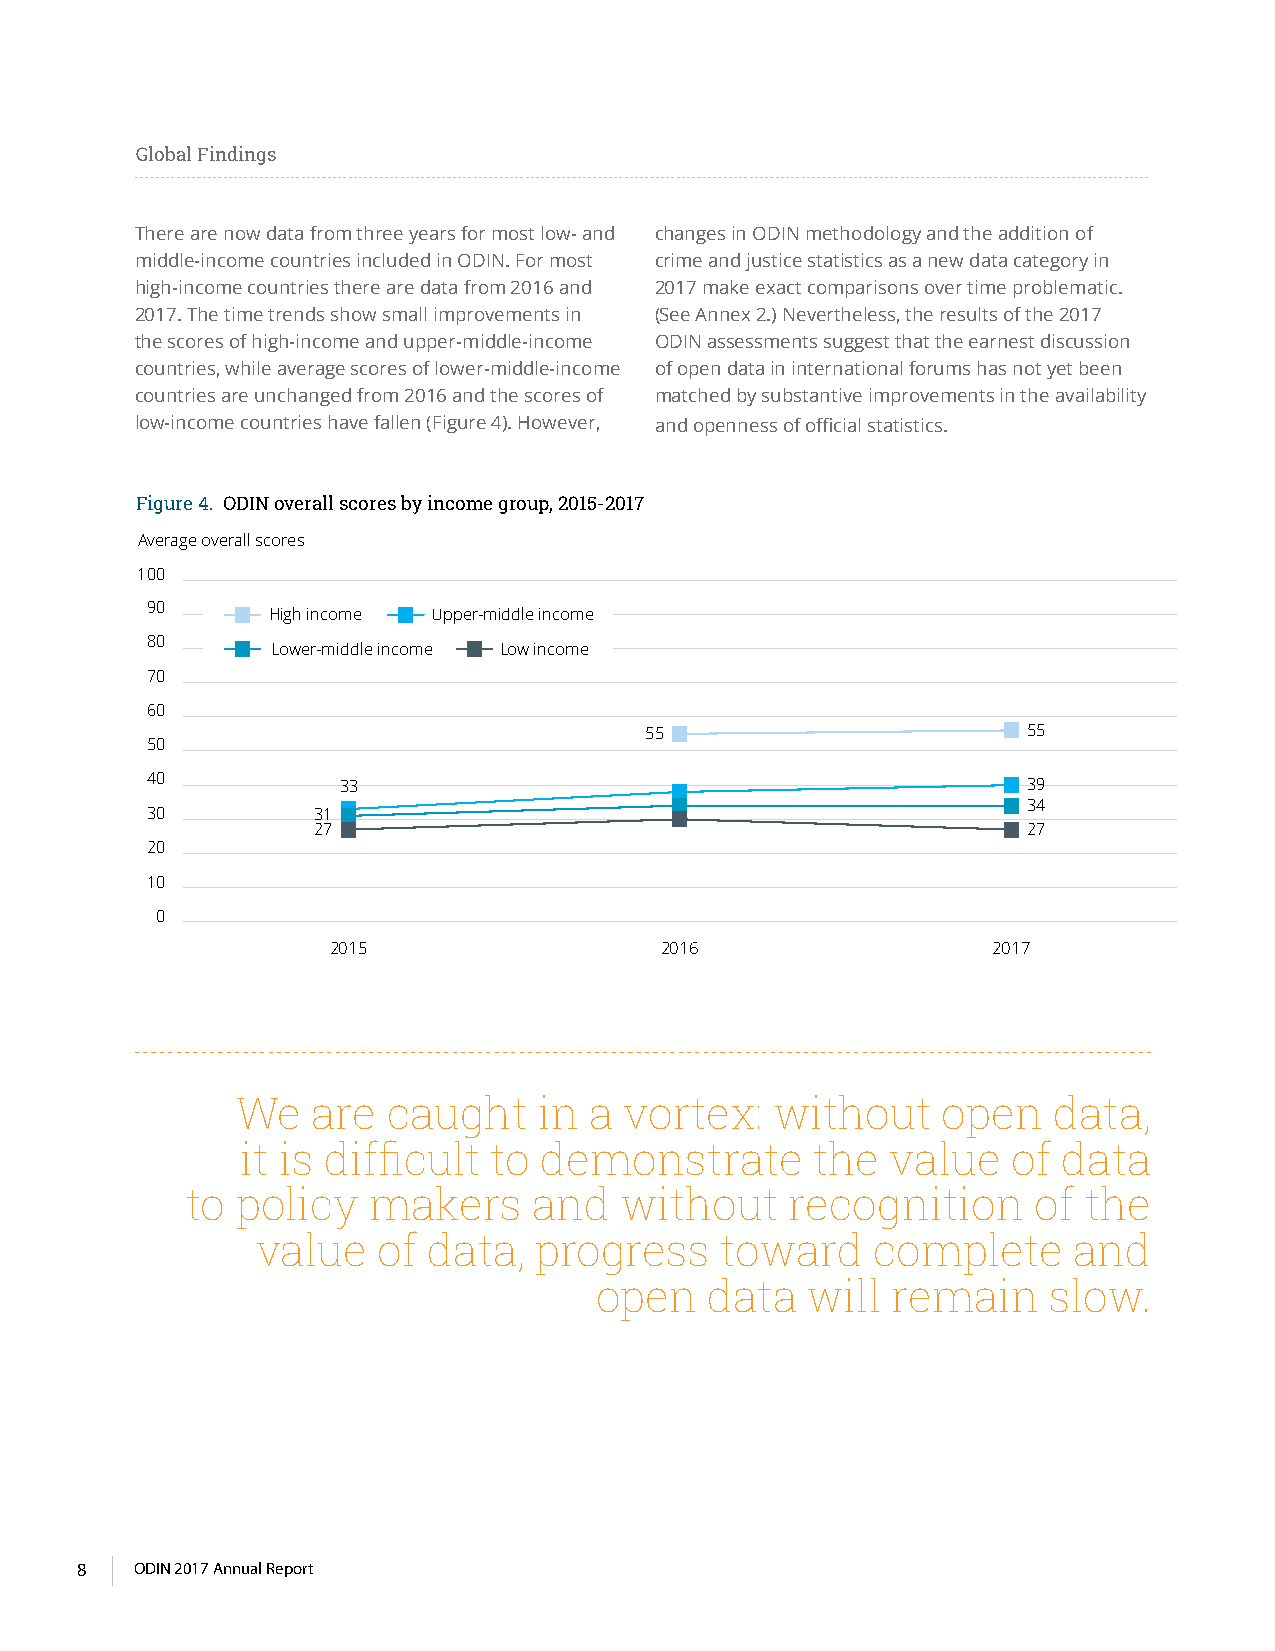
Global Findings
 There are now data from three years for most low- and changes in ODIN methodology and the addition of
 middle-income countries included in ODIN. For most crime and justice statistics as a new data category in
 high-income countries there are data from 2016 and 2017 make exact comparisons over time problematic.
 2017. The time trends show small improvements in (See Annex 2.) Nevertheless, the results of the 2017
 the scores of high-income and upper-middle-income ODIN assessments suggest that the earnest discussion
 countries, while average scores of lower-middle-income of open data in international forums has not yet been
 countries are unchanged from 2016 and the scores of matched by substantive improvements in the availability
 low-income countries have fallen (Figure 4). However, and openness of official statistics.
 Figure 4. ODIN overall scores by income group, 2015-2017
 Average overall scores
 100
 90
 High income Upper-middle income
 80
 Lower-middle income Low income
 70
 60
 55                       55
 50
 40          33                                            39
 34
 30         31
 27                                             27
 20
 10
 0
 2015                  2016                  2017
 We   are  caught    in a vortex:   without    open    data,
 it is difficult  to demonstrate       the  value   of data
 to  policy  makers     and   without    recognition     of  the
 value   of data,  progress     toward    complete     and
 open    data  will  remain     slow.
 8   ODIN 2017 Annual Report